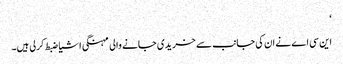
‘
این سی اے نے ان کی جانب سے خریدی جانے والی مہنگی اشیا ضبط کرلی ہیں۔